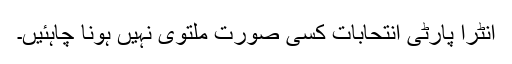
انٹرا پارٹی انتحابات کسی صورت ملتوی نہیں ہونا چاہئیں۔